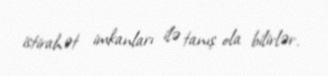
istirahət imkanları ilə tanış ola bilirlər.